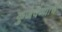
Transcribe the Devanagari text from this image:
कुजवण्याचे